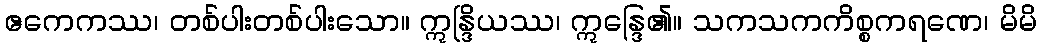
ဧကေကဿ၊ တစ်ပါးတစ်ပါးသော။ ဣန္ဒြိယဿ၊ ဣန္ဒြေ၏။ သကသကကိစ္စကရဏေ၊ မိမိ